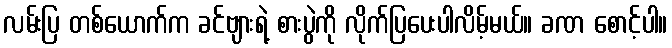
လမ်းပြ တစ်ယောက်က ခင်ဗျားရဲ့ စားပွဲကို လိုက်ပြပေးပါလိမ့်မယ်။ ခဏ စောင့်ပါ။